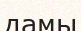
дамы